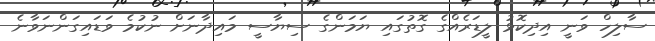
ސާލިހް ވަނީ އިދިކޮޅު ލީޑަރެއްގެ ގޮތުގައި ޔަމަންގެ ސިޔާސީ މައިދާނަށް ނުކުމެ ވަޑައިގަންނަވާނެ